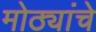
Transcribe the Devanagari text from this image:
मोठ्यांचे